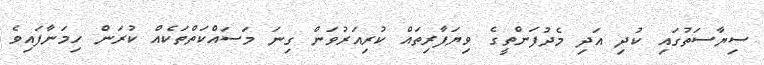
ސިޔާސަތުގައި ކުދި އަދި މެދުފަންތީގެ ވިޔަފާރިތައް ކުރިއަރުވަން ގިނަ މަސައްކަތްތަކެއް ކުރަން ހިމަނާފައިވެ